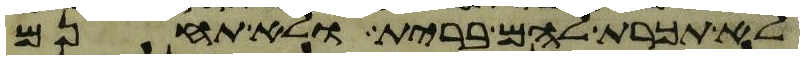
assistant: לא תכרת להם ברית ולא תחנם